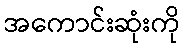
အကောင်းဆုံးကို